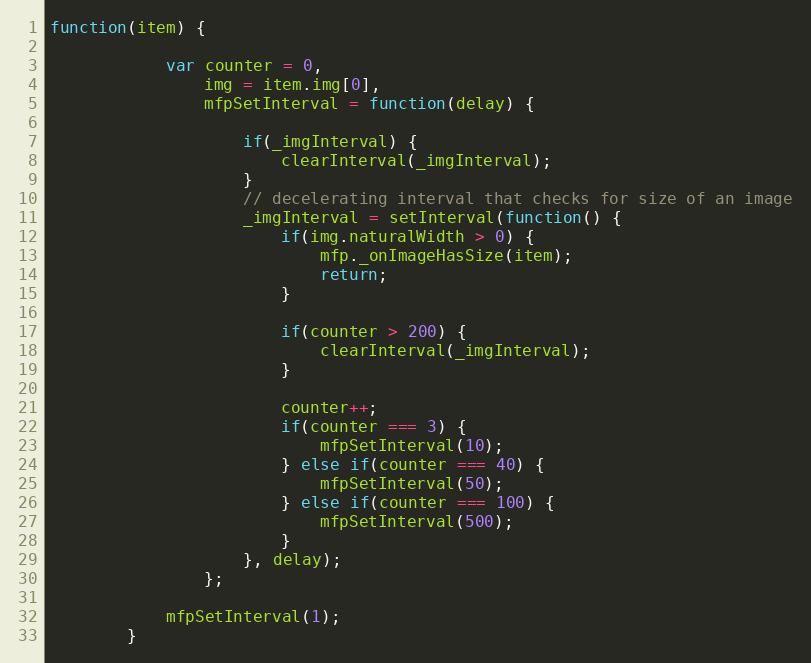
Language: JavaScript
function(item) {

			var counter = 0,
				img = item.img[0],
				mfpSetInterval = function(delay) {

					if(_imgInterval) {
						clearInterval(_imgInterval);
					}
					// decelerating interval that checks for size of an image
					_imgInterval = setInterval(function() {
						if(img.naturalWidth > 0) {
							mfp._onImageHasSize(item);
							return;
						}

						if(counter > 200) {
							clearInterval(_imgInterval);
						}

						counter++;
						if(counter === 3) {
							mfpSetInterval(10);
						} else if(counter === 40) {
							mfpSetInterval(50);
						} else if(counter === 100) {
							mfpSetInterval(500);
						}
					}, delay);
				};

			mfpSetInterval(1);
		}